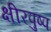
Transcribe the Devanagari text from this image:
क्षीरपुष्प